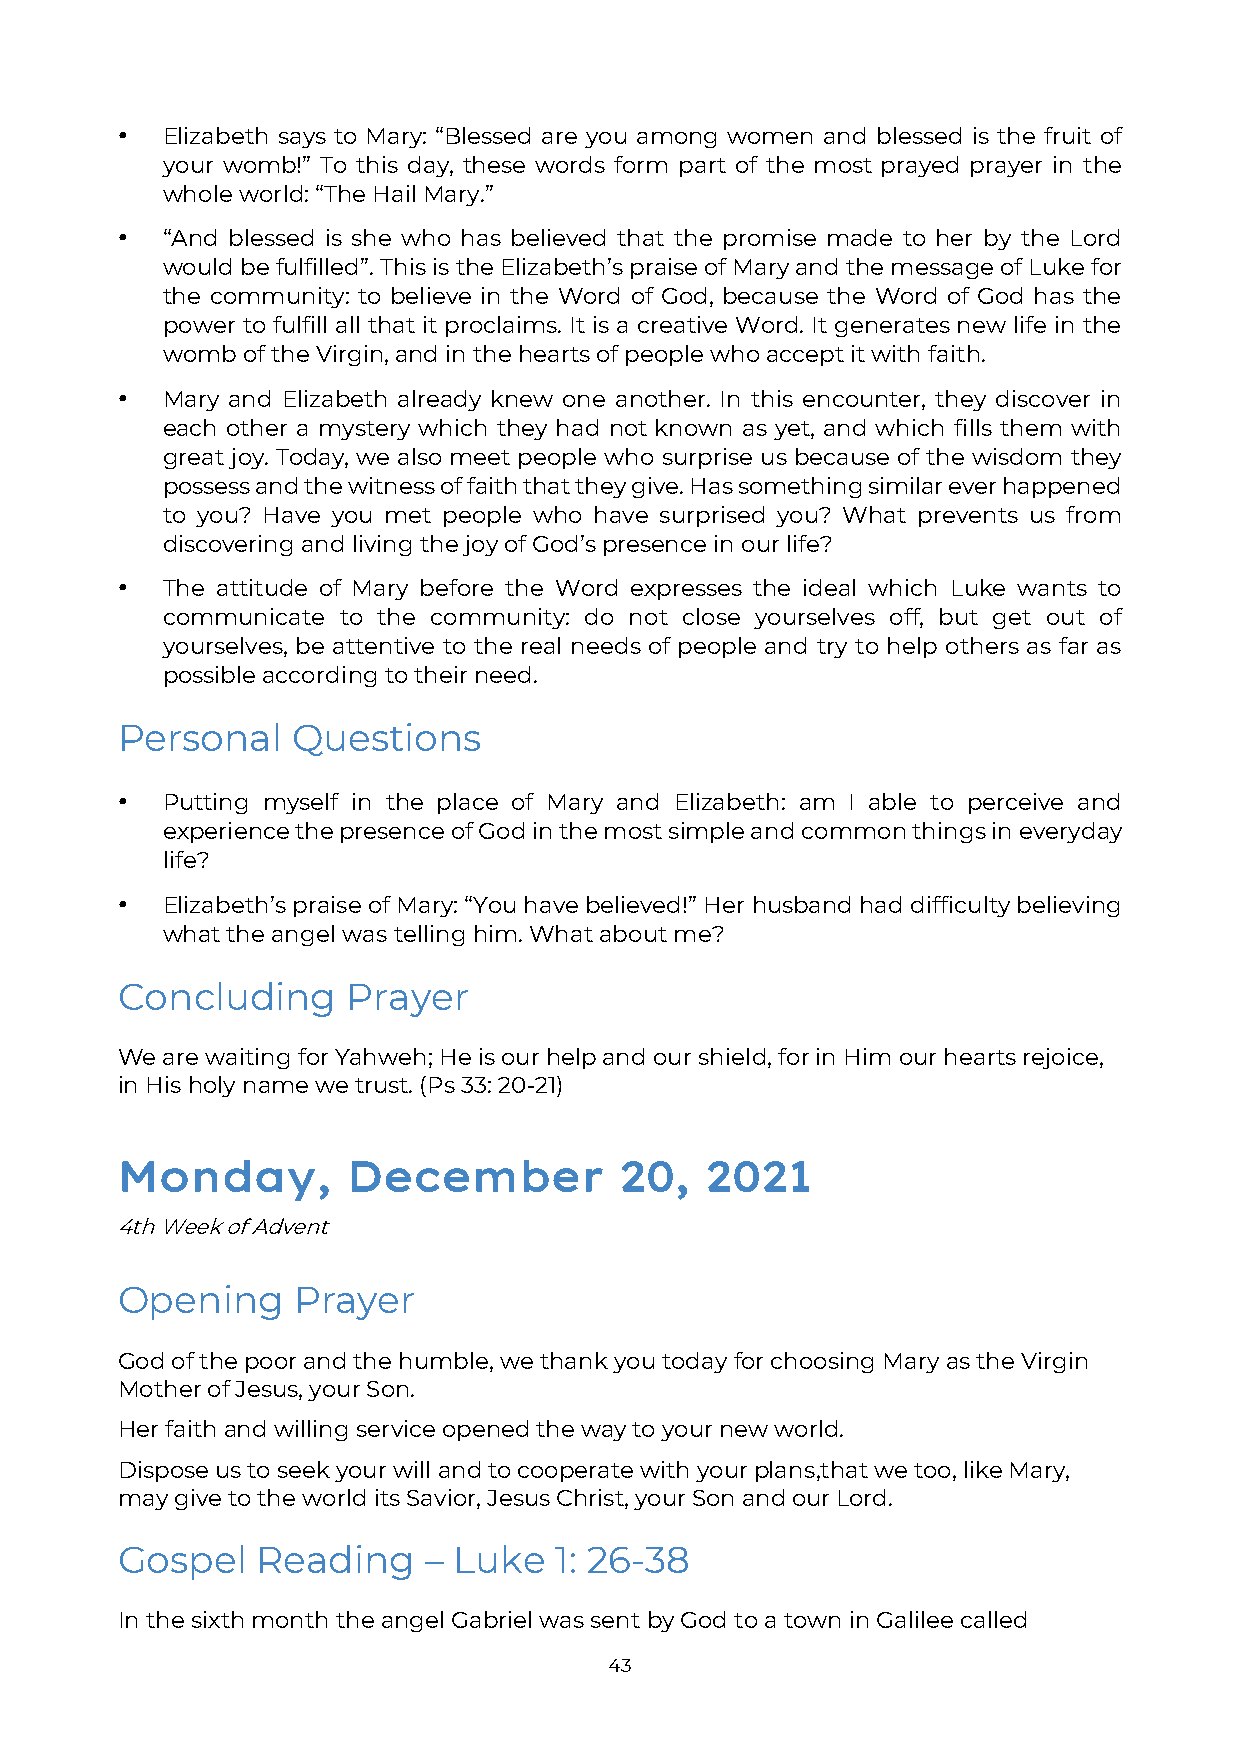
•  Elizabeth says to Mary: “Blessed are you among women and blessed is the fruit of
 your womb!” To this day, these words form part of the most prayed prayer in the
 whole world: “The Hail Mary.”
 •  “And blessed is she who has believed that the promise made to her by the Lord
 would be fulfilled”. This is the Elizabeth’s praise of Mary and the message of Luke for
 the community: to believe in the Word of God, because the Word of God has the
 power to fulfill all that it proclaims. It is a creative Word. It generates new life in the
 womb of the Virgin, and in the hearts of people who accept it with faith.
 •  Mary and Elizabeth already knew one another. In this encounter, they discover in
 each other a mystery which they had not known as yet, and which fills them with
 great joy. Today, we also meet people who surprise us because of the wisdom they
 possess and the witness of faith that they give. Has something similar ever happened
 to you? Have you met people who have surprised you? What prevents us from
 discovering and living the joy of God’s presence in our life?
 •  The attitude of Mary before the Word expresses the ideal which Luke wants to
 communicate to the community: do not close yourselves off, but get out of
 yourselves, be attentive to the real needs of people and try to help others as far as
 possible according to their need.
 Personal   Questions
 •  Putting myself in the place of Mary and Elizabeth: am I able to perceive and
 experience the presence of God in the most simple and common things in everyday
 life?
 •  Elizabeth’s praise of Mary: “You have believed!” Her husband had difficulty believing
 what the angel was telling him. What about me?
 Concluding     Prayer
 We are waiting for Yahweh; He is our help and our shield, for in Him our hearts rejoice,
 in His holy name we trust. (Ps 33: 20-21)
 Monday,        December          20,   2021
 4th Week of Advent
 Opening    Prayer
 God of the poor and the humble, we thank you today for choosing Mary as the Virgin
 Mother of Jesus, your Son.
 Her faith and willing service opened the way to your new world.
 Dispose us to seek your will and to cooperate with your plans, that we too, like Mary,
 may give to the world its Savior, Jesus Christ, your Son and our Lord.
 Gospel   Reading    – Luke   1: 26-38
 In the sixth month the angel Gabriel was sent by God to a town in Galilee called
 43